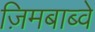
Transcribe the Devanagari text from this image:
ज़िमबाब्वे